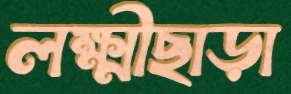
লক্ষ্মীছাড়া